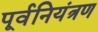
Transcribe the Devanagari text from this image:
पूर्वनियंत्रण